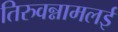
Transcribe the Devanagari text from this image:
तिरुवन्नामलई